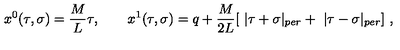
x ^ { 0 } ( \tau , \sigma ) = \frac M L \tau , \quad \quad x ^ { 1 } ( \tau , \sigma ) = q + \frac M { 2 L } [ \ | \tau + \sigma | _ { p e r } + \ | \tau - \sigma | _ { p e r } ] \ ,